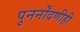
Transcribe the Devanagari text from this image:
पुनर्नोंदणीही